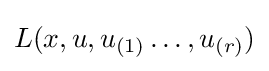
{\textstyle L(x,u,u_{(1)}\dots ,u_{(r)})}